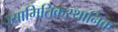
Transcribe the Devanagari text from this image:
ज्यामितिकस्थानिक